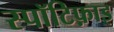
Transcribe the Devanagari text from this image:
स्पॉटिफ़ाइ